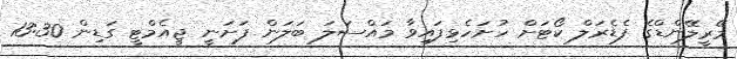
މޭރީލޭންޑްގެ ފެޑެރަލް ކޯޓަށް ހުށަހެޅިފައިވާ މައްސަލަ ބަލަން ފަށަނީ ޖީއެމްޓީ ގަޑިން 13:30